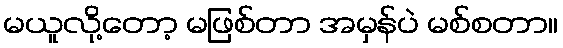
မယူလို့တော့ မဖြစ်တာ အမှန်ပဲ မစ်စတာ။